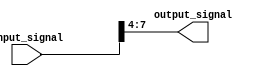
module part_select_assign(input [7:0] input_signal,
                          output reg [3:0] output_signal);
                          
   always @(*) begin
      output_signal = input_signal[7:4]; // Selects bits 7 to 4 from input_signal and assigns them to output_signal
   end
   
endmodule